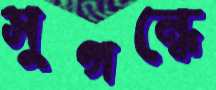
সুগন্ধে